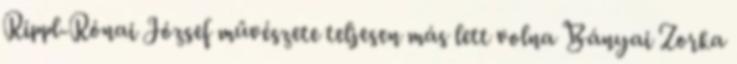
Rippl-Rónai József művészete teljesen más lett volna Bányai Zorka